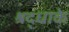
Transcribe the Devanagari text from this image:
श्रद्धाके